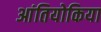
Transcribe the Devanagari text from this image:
आंतियोकिया